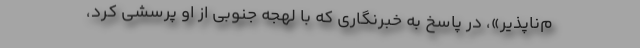
م‌‌ناپذیر»، در پاسخ به خبرنگاری که با لهجه جنوبی از او پرسشی کرد،